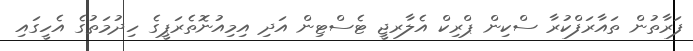
ފަރާތުން ތައާރަފްކުރާ ސްކިން ޕްރިކް އެލާރޖީ ޓެސްޓިން އަދި އިމިއުނޮތެރަޕީގެ ހިދުމަތުގެ އެހީގައި